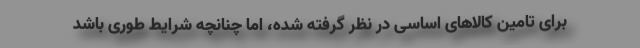
برای تامین کالاهای اساسی در نظر گرفته شده، اما چنانچه شرایط طوری باشد